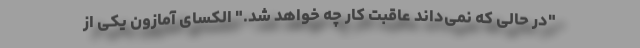
"در حالی که نمی‌داند عاقبت کار چه خواهد شد." الکسای آمازون یکی از